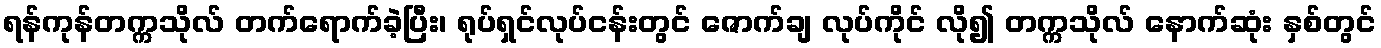
ရန်ကုန်တက္ကသိုလ် တက်ရောက်ခဲ့ပြီး၊ ရုပ်ရှင်လုပ်ငန်းတွင် ဇောက်ချ လုပ်ကိုင် လို၍ တက္ကသိုလ် နောက်ဆုံး နှစ်တွင်